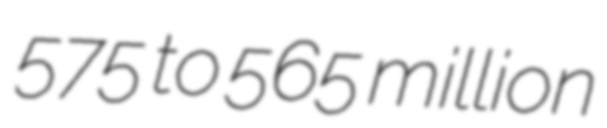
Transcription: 575 to 565 million